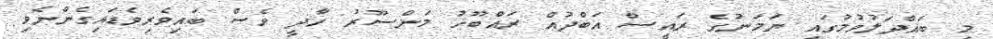
މި ބައްދަލުވުމުގައި ޔަމަނުގެ ރައީސް އަބްދުއް ރައްބޫހު މަންސޫރު ހާދީ ވެސް ބައިވެރިވެޑައިގެންނެވި